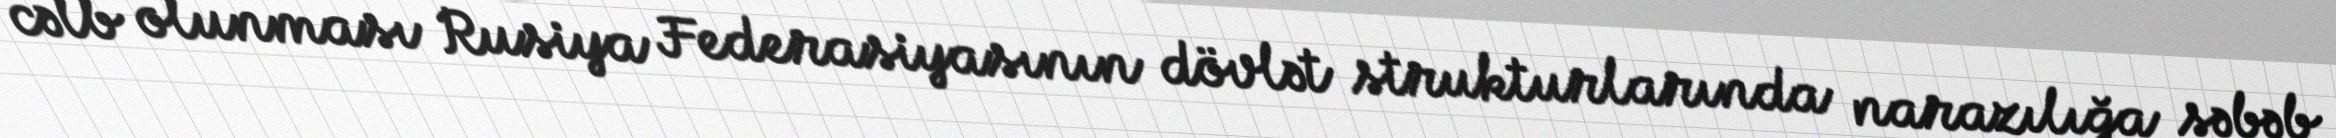
cəlb olunması Rusiya Federasiyasının dövlət strukturlarında narazılığa səbəb